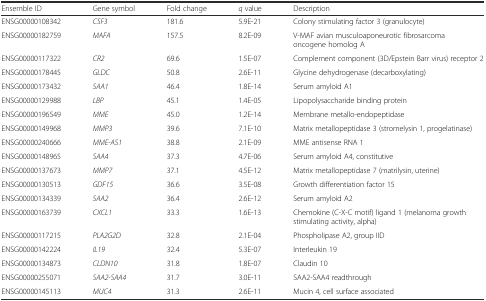
<table><thead><tr><td><b>Ensemble ID</b></td><td><b>Gene symbol</b></td><td><b>Fold change</b></td><td><b><i>q</i> value</b></td><td><b>Description</b></td></tr></thead><tbody><tr><td>ENSG00000108342</td><td><i>CSF3</i></td><td>181.6</td><td>5.9E-21</td><td>Colony stimulating factor 3 (granulocyte)</td></tr><tr><td>ENSG00000182759</td><td><i>MAFA</i></td><td>157.5</td><td>8.2E-09</td><td>V-MAF avian musculoaponeurotic fibrosarcoma oncogene homolog A</td></tr><tr><td>ENSG00000117322</td><td><i>CR2</i></td><td>69.6</td><td>1.5E-07</td><td>Complement component (3D/Epstein Barr virus) receptor 2</td></tr><tr><td>ENSG00000178445</td><td><i>GLDC</i></td><td>50.8</td><td>2.6E-11</td><td>Glycine dehydrogenase (decarboxylating)</td></tr><tr><td>ENSG00000173432</td><td><i>SAA1</i></td><td>46.4</td><td>1.8E-14</td><td>Serum amyloid A1</td></tr><tr><td>ENSG00000129988</td><td><i>LBP</i></td><td>45.1</td><td>1.4E-05</td><td>Lipopolysaccharide binding protein</td></tr><tr><td>ENSG00000196549</td><td><i>MME</i></td><td>45.0</td><td>1.2E-14</td><td>Membrane metallo-endopeptidase</td></tr><tr><td>ENSG00000149968</td><td><i>MMP3</i></td><td>39.6</td><td>7.1E-10</td><td>Matrix metallopeptidase 3 (stromelysin 1, progelatinase)</td></tr><tr><td>ENSG00000240666</td><td><i>MME-AS1</i></td><td>38.8</td><td>2.1E-09</td><td>MME antisense RNA 1</td></tr><tr><td>ENSG00000148965</td><td><i>SAA4</i></td><td>37.3</td><td>4.7E-06</td><td>Serum amyloid A4, constitutive</td></tr><tr><td>ENSG00000137673</td><td><i>MMP7</i></td><td>37.1</td><td>4.5E-12</td><td>Matrix metallopeptidase 7 (matrilysin, uterine)</td></tr><tr><td>ENSG00000130513</td><td><i>GDF15</i></td><td>36.6</td><td>3.5E-08</td><td>Growth differentiation factor 15</td></tr><tr><td>ENSG00000134339</td><td><i>SAA2</i></td><td>36.4</td><td>2.6E-12</td><td>Serum amyloid A2</td></tr><tr><td>ENSG00000163739</td><td><i>CXCL1</i></td><td>33.3</td><td>1.6E-13</td><td>Chemokine (C-X-C motif) ligand 1 (melanoma growth stimulating activity, alpha)</td></tr><tr><td>ENSG00000117215</td><td><i>PLA2G2D</i></td><td>32.8</td><td>2.1E-04</td><td>Phospholipase A2, group IID</td></tr><tr><td>ENSG00000142224</td><td><i>IL19</i></td><td>32.4</td><td>5.3E-07</td><td>Interleukin 19</td></tr><tr><td>ENSG00000134873</td><td><i>CLDN10</i></td><td>31.8</td><td>1.8E-07</td><td>Claudin 10</td></tr><tr><td>ENSG00000255071</td><td><i>SAA2-SAA4</i></td><td>31.7</td><td>3.0E-11</td><td>SAA2-SAA4 readthrough</td></tr><tr><td>ENSG00000145113</td><td><i>MUC4</i></td><td>31.3</td><td>2.6E-11</td><td>Mucin 4, cell surface associated</td></tr></tbody></table>